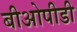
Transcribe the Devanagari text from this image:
बीओपीडी